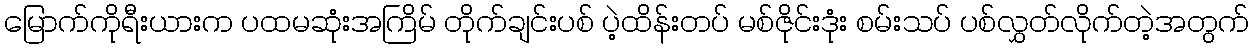
မြောက်ကိုရီးယားက ပထမဆုံးအကြိမ် တိုက်ချင်းပစ် ပဲ့ထိန်းတပ် မစ်ဇိုင်းဒုံး စမ်းသပ် ပစ်လွှတ်လိုက်တဲ့အတွက်